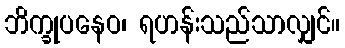
ဘိက္ခုပနေဝ၊ ရဟန်းသည်သာလျှင်။